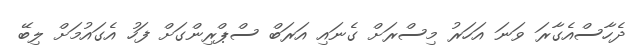
ދެހާސްއެގާރަ ވަނަ އަހަރު މިސްރަށް ގެނައި އަރަބް ސްޕްރިންގަށް ފަހު އެގައުމަށް ލިބޭ